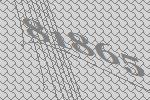
81865